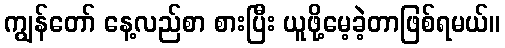
ကျွန်တော် နေ့လည်စာ စားပြီး ယူဖို့မေ့ခဲ့တာဖြစ်ရမယ်။